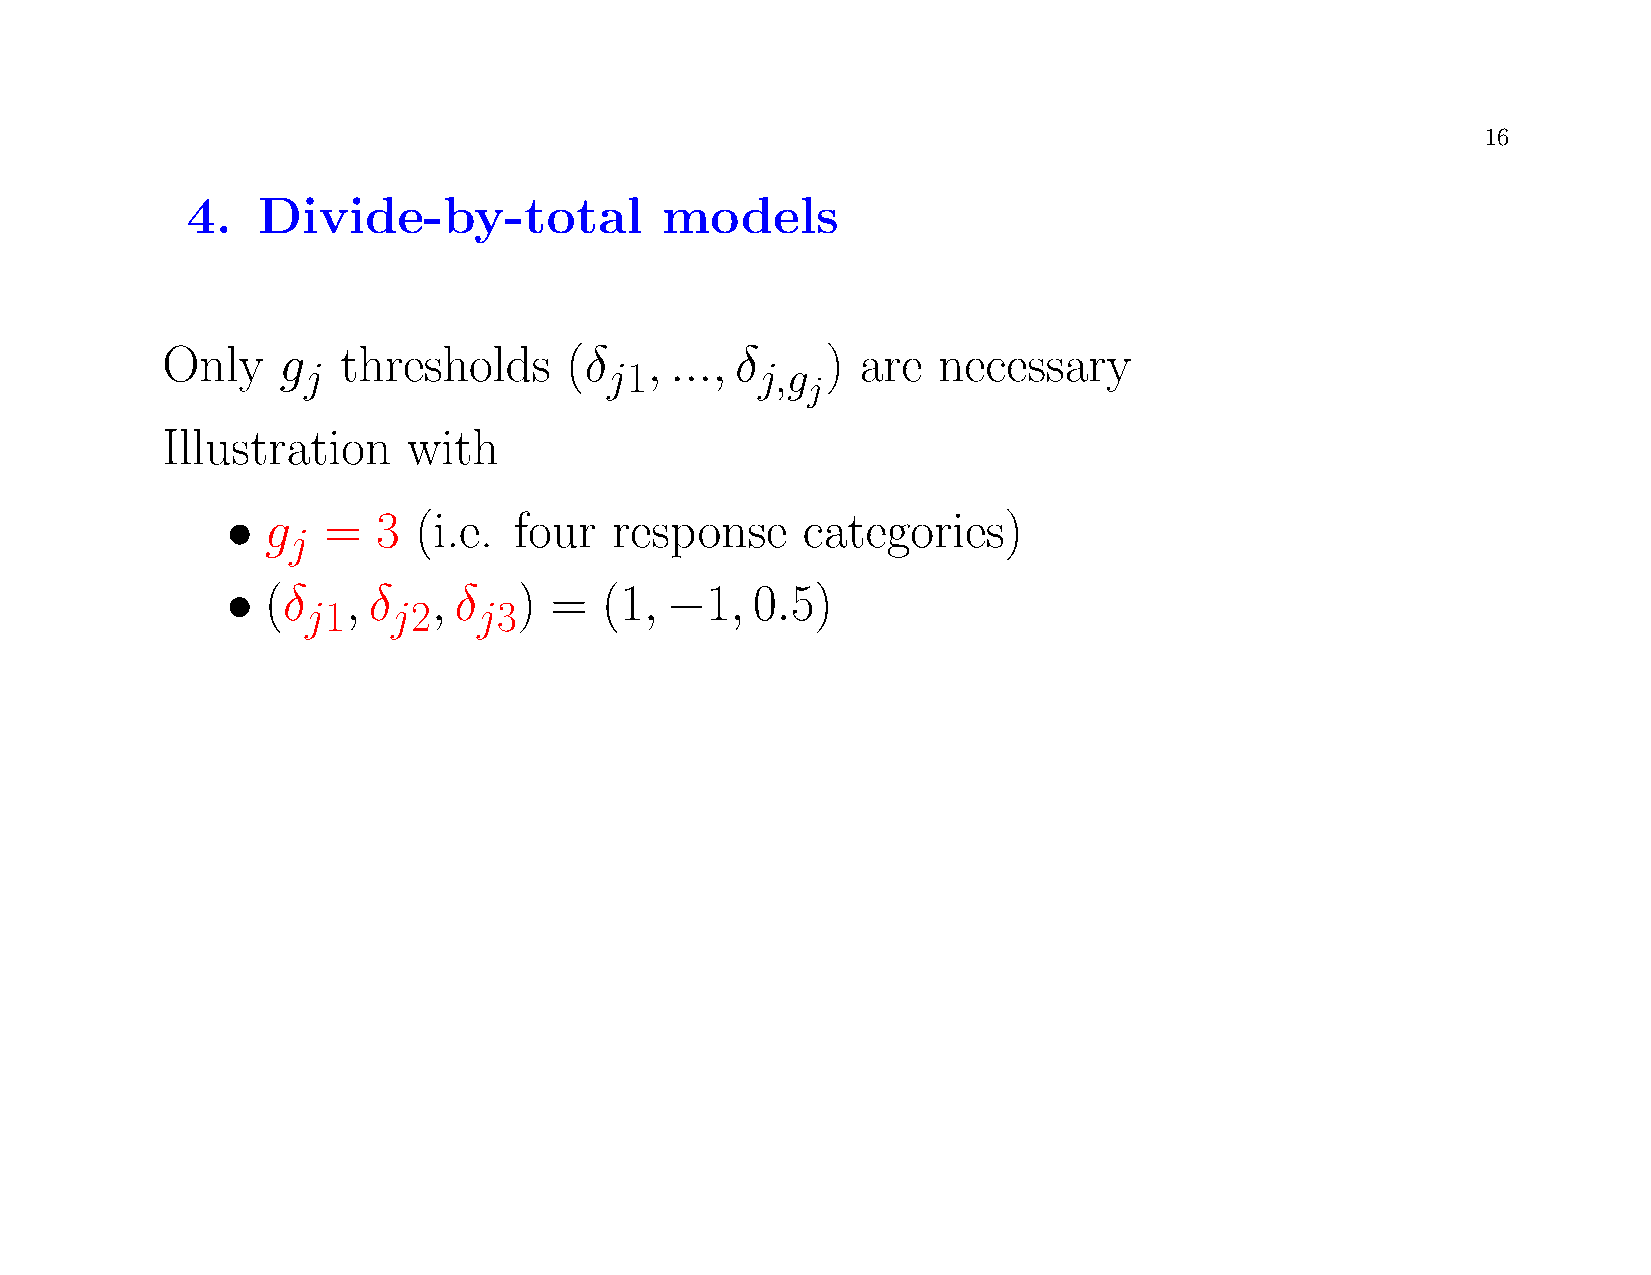
16
 4.   Divide-by-total            models
 Only   g    thresholds    (δ    , ..., δ    ) are  necessary
 j                   j1        j,g
 j
 Illustration    with
 •  g  =   3 (i.e.  four   response    categories)
 j
 •  (δ   , δ   , δ  ) =   (1, −1,   0.5)
 j1    j2    j3